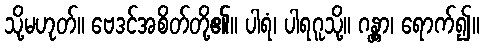
သို့မဟုတ်။ ဗေဒင်အစိတ်တို့၏။ ပါရံ၊ ပါရဂူသို့။ ဂန္တွာ၊ ရောက်၍။